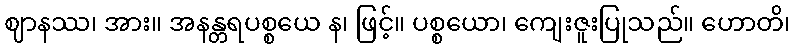
ဈာနဿ၊ အား။ အနန္တရပစ္စယေ န၊ ဖြင့်။ ပစ္စယော၊ ကျေးဇူးပြုသည်။ ဟောတိ၊